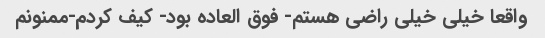
واقعا خیلی خیلی راضی هستم- فوق العاده بود- کیف کردم-ممنونم